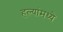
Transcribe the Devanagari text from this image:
हल्यांमध्ये